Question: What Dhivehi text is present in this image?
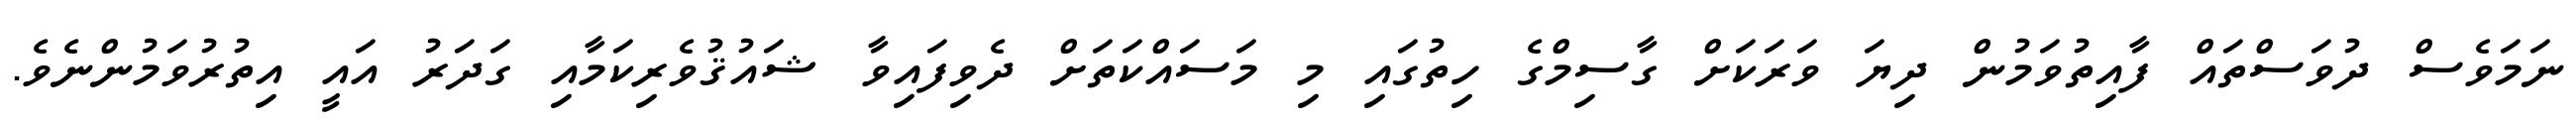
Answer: ނަމަވެސް ދުވަސްތައް ފާއިތުވަމުން ދިޔަ ވަރަކަށް ގާސިމްގެ ހިތުގައި މި މަސައްކަތަށް ދެވިފައިވާ ޝައުޤުވެރިކަމާއި ގަދަރު އައީ އިތުރުވަމުންނެވެ.